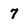
Character: 7